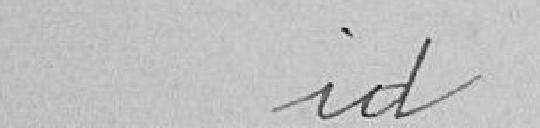
id